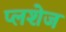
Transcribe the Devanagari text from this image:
प्लशेज